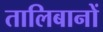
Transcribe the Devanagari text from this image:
तालिबानों